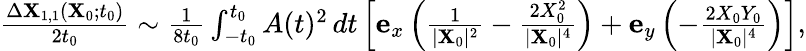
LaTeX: \begin{array}{r}{\frac{\Delta\mathbf{X}_{1,1}(\mathbf{X}_{0};t_{0})}{2t_{0}}\sim\frac{1}{8t_{0}}\int_{-t_{0}}^{t_{0}}A(t)^{2}\, dt\left[\mathbf{e}_{x}\left(\frac{1}{\vert\mathbf{X}_{0}\vert^{2}}-\frac{2X_{0}^{2}}{\vert\mathbf{X}_{0}\vert^{4}}\right)+\mathbf{e}_{y}\left(-\frac{2X_{0}Y_{0}}{\vert\mathbf{X}_{0}\vert^{4}}\right)\right],}\end{array}